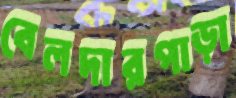
বেলদারপাড়া